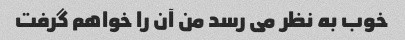
خوب به نظر می رسد من آن را خواهم گرفت